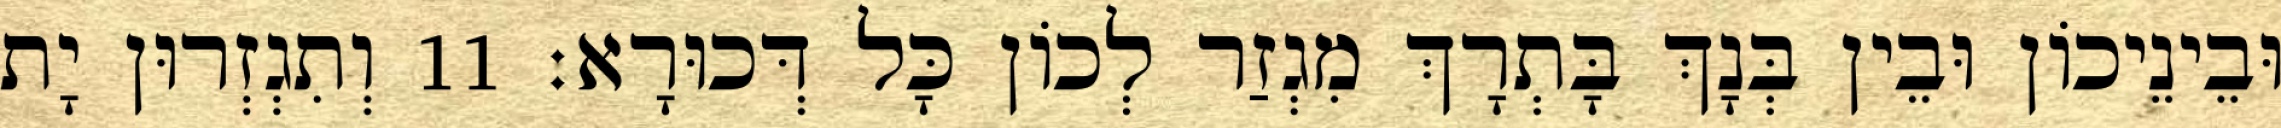
וּבֵינֵיכוֹן וּבֵין בְּנָךְ בָּתְרָךְ מִגְזַר לְכוֹן כָּל דְּכוּרָא׃ 11 וְתִגְזְרוּן יָת